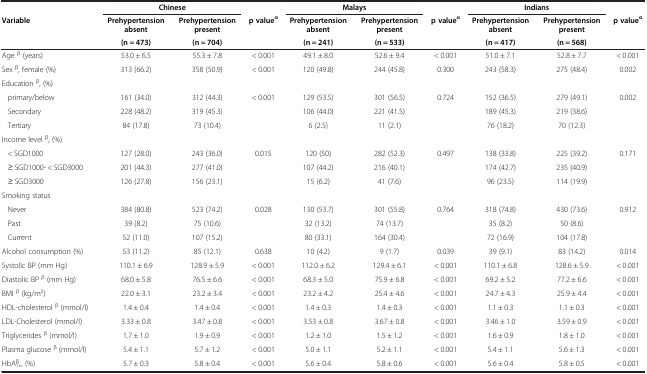
<table><thead><tr><td><b> </b></td><td colspan="2"><b>Chinese</b></td><td><b> </b></td><td colspan="2"><b>Malays</b></td><td><b> </b></td><td colspan="2"><b>Indians</b></td><td><b> </b></td></tr><tr><td rowspan="2"><b>Variable</b></td><td><b>Prehypertension absent</b></td><td><b>Prehypertension present</b></td><td rowspan="2"><b>p value<sup>α</sup></b></td><td><b>Prehypertension absent</b></td><td><b>Prehypertension present</b></td><td rowspan="2"><b>p value<sup>α</sup></b></td><td><b>Prehypertension absent</b></td><td><b>Prehypertension present</b></td><td rowspan="2"><b>p value<sup>α</sup></b></td></tr><tr><td><b>(n = 473)</b></td><td><b>(n = 704)</b></td><td><b>(n = 241)</b></td><td><b>(n = 533)</b></td><td><b>(n = 417)</b></td><td><b>(n = 568)</b></td></tr></thead><tbody><tr><td>Age <sup>β</sup> (years)</td><td>53.0 ± 6.5</td><td>55.3 ± 7.8</td><td>&lt; 0.001</td><td>49.1 ± 8.0</td><td>52.6 ± 9.4</td><td>&lt; 0.001</td><td>51.0 ± 7.1</td><td>52.8 ± 7.7</td><td>&lt; 0.001</td></tr><tr><td>Sex <sup>β</sup>, female (%)</td><td>313 (66.2)</td><td>358 (50.9)</td><td>&lt; 0.001</td><td>120 (49.8)</td><td>244 (45.8)</td><td>0.300</td><td>243 (58.3)</td><td>275 (48.4)</td><td>0.002</td></tr><tr><td>Education <sup>β</sup>, (%)</td><td> </td><td> </td><td> </td><td> </td><td> </td><td> </td><td> </td><td> </td><td> </td></tr><tr><td>primary/below</td><td>161 (34.0)</td><td>312 (44.3)</td><td>&lt; 0.001</td><td>129 (53.5)</td><td>301 (56.5)</td><td>0.724</td><td>152 (36.5)</td><td>279 (49.1)</td><td>0.002</td></tr><tr><td>Secondary</td><td>228 (48.2)</td><td>319 (45.3)</td><td> </td><td>106 (44.0)</td><td>221 (41.5)</td><td> </td><td>189 (45.3)</td><td>219 (38.6)</td><td> </td></tr><tr><td>Tertiary</td><td>84 (17.8)</td><td>73 (10.4)</td><td> </td><td>6 (2.5)</td><td>11 (2.1)</td><td> </td><td>76 (18.2)</td><td>70 (12.3)</td><td> </td></tr><tr><td>Income level <sup>β</sup>, (%)</td><td> </td><td> </td><td> </td><td> </td><td> </td><td> </td><td> </td><td> </td><td> </td></tr><tr><td>&lt; SGD1000</td><td>127 (28.0)</td><td>243 (36.0)</td><td>0.015</td><td>120 (50)</td><td>282 (52.3)</td><td>0.497</td><td>138 (33.8)</td><td>225 (39.2)</td><td>0.171</td></tr><tr><td>≥ SGD1000- &lt; SGD3000</td><td>201 (44.3)</td><td>277 (41.0)</td><td> </td><td>107 (44.2)</td><td>216 (40.1)</td><td> </td><td>174 (42.7)</td><td>235 (40.9)</td><td> </td></tr><tr><td>≥ SGD3000</td><td>126 (27.8)</td><td>156 (23.1)</td><td> </td><td>15 (6.2)</td><td>41 (7.6)</td><td> </td><td>96 (23.5)</td><td>114 (19.9)</td><td> </td></tr><tr><td>Smoking status</td><td> </td><td> </td><td> </td><td> </td><td> </td><td> </td><td> </td><td> </td><td> </td></tr><tr><td>Never</td><td>384 (80.8)</td><td>523 (74.2)</td><td>0.028</td><td>130 (53.7)</td><td>301 (55.8)</td><td>0.764</td><td>318 (74.8)</td><td>430 (73.6)</td><td>0.912</td></tr><tr><td>Past</td><td>39 (8.2)</td><td>75 (10.6)</td><td> </td><td>32 (13.2)</td><td>74 (13.7)</td><td> </td><td>35 (8.2)</td><td>50 (8.6)</td><td> </td></tr><tr><td>Current</td><td>52 (11.0)</td><td>107 (15.2)</td><td> </td><td>80 (33.1)</td><td>164 (30.4)</td><td> </td><td>72 (16.9)</td><td>104 (17.8)</td><td> </td></tr><tr><td>Alcohol consumption (%)</td><td>53 (11.2)</td><td>85 (12.1)</td><td>0.638</td><td>10 (4.2)</td><td>9 (1.7)</td><td>0.039</td><td>39 (9.1)</td><td>83 (14.2)</td><td>0.014</td></tr><tr><td>Systolic BP (mm Hg)</td><td>110.1 ± 6.9</td><td>128.9 ± 5.9</td><td>&lt; 0.001</td><td>112.0 ± 6.2</td><td>129.4 ± 6.1</td><td>&lt; 0.001</td><td>110.1 ± 6.8</td><td>128.6 ± 5.9</td><td>&lt; 0.001</td></tr><tr><td>Diastolic BP <sup>β</sup> (mm Hg)</td><td>68.0 ± 5.8</td><td>76.5 ± 6.6</td><td>&lt; 0.001</td><td>68.3 ± 5.0</td><td>75.9 ± 6.8</td><td>&lt; 0.001</td><td>69.2 ± 5.2</td><td>77.2 ± 6.6</td><td>&lt; 0.001</td></tr><tr><td>BMI <sup>β</sup> (kg/m<sup>2</sup>)</td><td>22.0 ± 3.1</td><td>23.2 ± 3.4</td><td>&lt; 0.001</td><td>23.2 ± 4.2</td><td>25.4 ± 4.6</td><td>&lt; 0.001</td><td>24.7 ± 4.3</td><td>25.9 ± 4.4</td><td>&lt; 0.001</td></tr><tr><td>HDL-cholesterol <sup>β</sup> (mmol/l)</td><td>1.4 ± 0.4</td><td>1.4 ± 0.4</td><td>&lt; 0.001</td><td>1.4 ± 0.3</td><td>1.4 ± 0.3</td><td>&lt; 0.001</td><td>1.1 ± 0.3</td><td>1.1 ± 0.3</td><td>&lt; 0.001</td></tr><tr><td>LDL-Cholesterol (mmol/l)</td><td>3.33 ± 0.8</td><td>3.47 ± 0.8</td><td>&lt; 0.001</td><td>3.53 ± 0.8</td><td>3.67 ± 0.8</td><td>&lt; 0.001</td><td>3.46 ± 1.0</td><td>3.59 ± 0.9</td><td>&lt; 0.001</td></tr><tr><td>Triglycerides <sup>β</sup> (mmol/l)</td><td>1.7 ± 1.0</td><td>1.9 ± 0.9</td><td>&lt; 0.001</td><td>1.2 ± 1.0</td><td>1.5 ± 1.2</td><td>&lt; 0.001</td><td>1.6 ± 0.9</td><td>1.8 ± 1.0</td><td>&lt; 0.001</td></tr><tr><td>Plasma glucose <sup>β</sup> (mmol/l)</td><td>5.4 ± 1.1</td><td>5.7 ± 1.2</td><td>&lt; 0.001</td><td>5.0 ± 1.1</td><td>5.2 ± 1.1</td><td>&lt; 0.001</td><td>5.4 ± 1.1</td><td>5.6 ± 1.3</td><td>&lt; 0.001</td></tr><tr><td>HbA<sub>1c</sub><sup>β</sup>, (%)</td><td>5.7 ± 0.3</td><td>5.8 ± 0.4</td><td>&lt; 0.001</td><td>5.6 ± 0.4</td><td>5.8 ± 0.6</td><td>&lt; 0.001</td><td>5.6 ± 0.4</td><td>5.8 ± 0.5</td><td>&lt; 0.001</td></tr></tbody></table>